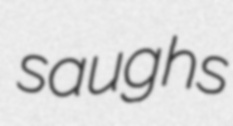
saughs